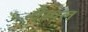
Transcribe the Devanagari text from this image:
गैस्पल